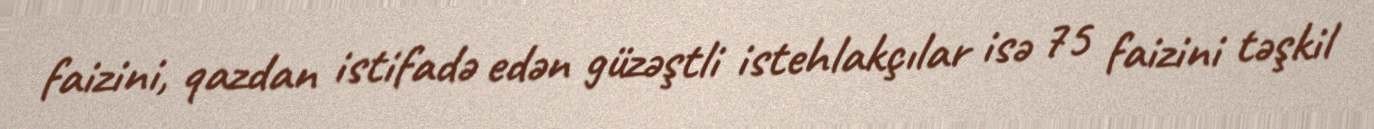
faizini, qazdan istifadə edən güzəştli istehlakçılar isə 75 faizini təşkil